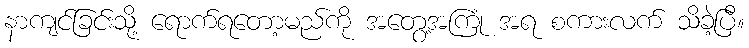
နာကျင်ခြင်းသို့ ရောက်ရတော့မည်ကို အတွေ့အကြုံ အရ စကားလက် သိခဲ့ပြီ။